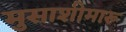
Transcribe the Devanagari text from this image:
मुसाशीमारू